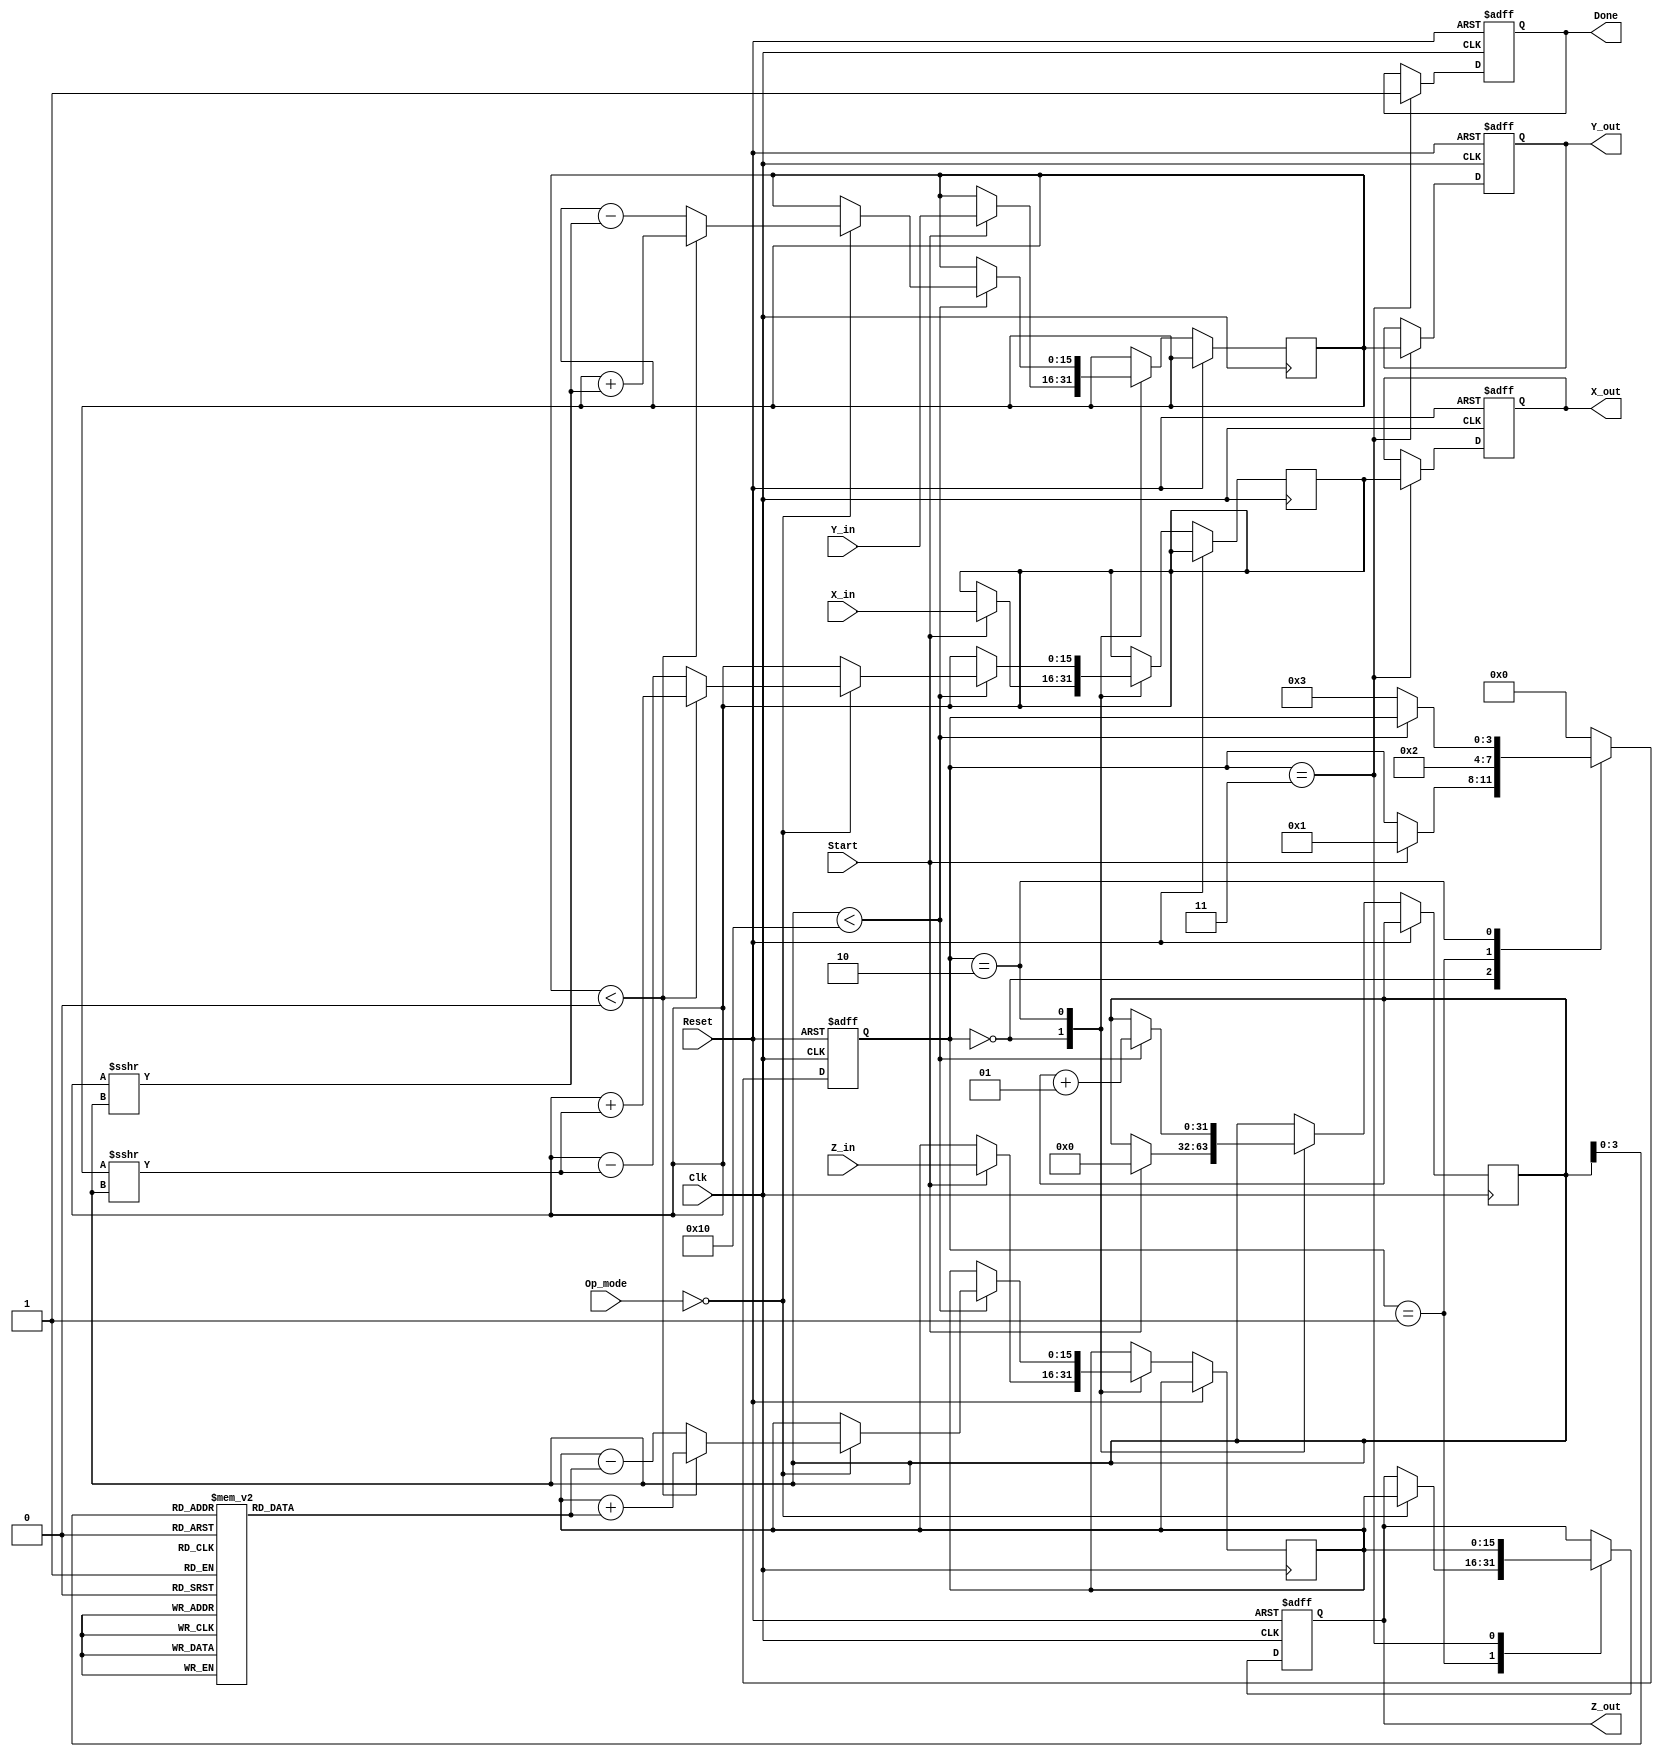
module CORDIC(
    input wire [15:0] X_in,       // Input vector X
    input wire [15:0] Y_in,       // Input vector Y
    input wire [15:0] Z_in,       // Input angle
    input wire [1:0] Op_mode,     // Operation mode selector
    input wire Start,              // Start signal
    input wire Clk,                // Clock signal
    input wire Reset,              // Reset signal
    output reg [15:0] X_out,      // Output vector X
    output reg [15:0] Y_out,      // Output vector Y
    output reg [15:0] Z_out,      // Output angle
    output reg Done                // Done signal
);

    // Parameters
    parameter MAX_ITER = 16; // Number of iterations
    reg [15:0] angle_table [0:15]; // Angle table (for angles in radians)
    reg [15:0] x, y, z;
    integer iter; // iteration index
    reg [3:0] state; // State machine
    reg calculating; // Flag for whether calculation is in progress

    // State definitions
    localparam IDLE = 0,
               INIT = 1,
               CALC = 2,
               DONE_STATE = 3;

    // Initialize angle table (example values, need proper definitions)
    initial begin
        angle_table[0] = 16'h3243; // Arctan(1) in fixed-point
        angle_table[1] = 16'h1DAC; // Arctan(0.5)
        angle_table[2] = 16'h136E; // Arctan(0.25)
        // Add more entries as needed ...
    end

    // Sequential logic for Reset and State transition
    always @(posedge Clk or posedge Reset) begin
        if (Reset) begin
            state <= IDLE; 
            X_out <= 0; 
            Y_out <= 0; 
            Z_out <= 0; 
            Done <= 0;
            calculating <= 0;
        end else begin
            case (state)
                IDLE: begin
                    if (Start) begin
                        x <= X_in;
                        y <= Y_in;
                        z <= Z_in;
                        iter <= 0;
                        state <= INIT;
                        calculating <= 1;
                    end
                end

                INIT: begin
                    // Initialize the outputs based on operation mode
                    if (Op_mode == 2'b00) begin // Rotation
                        Z_out <= z; // Set Z_out for rotation mode
                    end
                    else if (Op_mode == 2'b01) begin // Vectoring
                        // Initialization for vectoring mode, if applicable
                    end
                    // Add other operation initializations...
                    state <= CALC;
                end

                CALC: begin
                    // CORDIC algorithm iterations
                    if (iter < MAX_ITER) begin
                        // Perform rotation or vectoring based on operation mode
                        if (Op_mode == 2'b00) begin
                            // Rotation implementation
                            if (y < 0) begin
                                x <= x + (y >>> iter);
                                y <= y + (x >>> iter);
                                z <= z + angle_table[iter];
                            end else begin
                                x <= x - (y >>> iter);
                                y <= y - (x >>> iter);
                                z <= z - angle_table[iter];
                            end
                        end
                        // Handle other operation modes
                        iter <= iter + 1;
                    end else begin
                        // Finished with iterations
                        state <= DONE_STATE;
                    end
                end

                DONE_STATE: begin
                    X_out <= x;
                    Y_out <= y;
                    Z_out <= z;
                    Done <= 1; // Set done signal
                    state <= IDLE; // Go back to IDLE
                end

                default: state <= IDLE; // Reset to IDLE on unexpected state
            endcase
        end
    end
endmodule